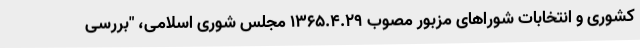
کشوری و انتخابات شوراهای مزبور مصوب ۱۳۶۵.۴.۲۹ مجلس شوری اسلامی، "بررسی